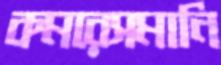
কমরেসমানি